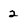
Character: 2